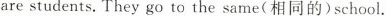
arestudents.They go to the same(相同的) school.